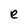
Character: e